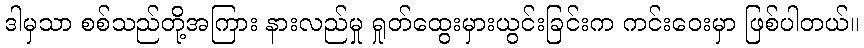
ဒါမှသာ စစ်သည်တို့အကြား နားလည်မှု ရှုတ်ထွေးမှားယွင်းခြင်းက ကင်းဝေးမှာ ဖြစ်ပါတယ်။